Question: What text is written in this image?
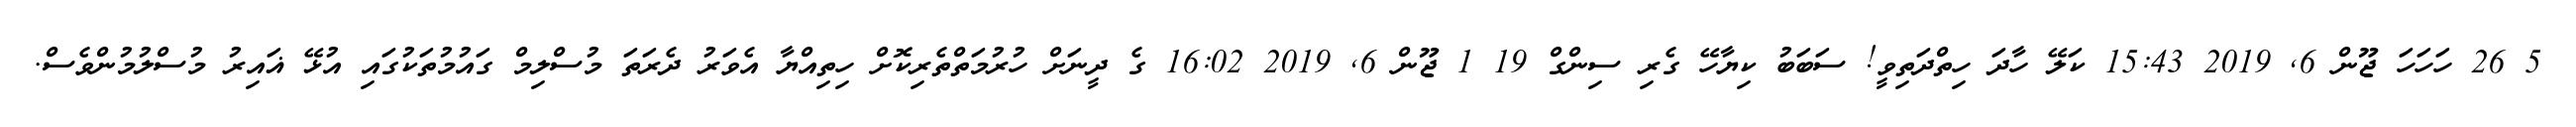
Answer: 5 26 ހަހަހަ ޖޫން 6, 2019 15:43 ކަލޭ ހާދަ ހިތްދަތިވީ! ސަބަބު ކިޔާހޭ ގެރި ސިންގް 19 1 ޖޫން 6, 2019 16:02 ގެ ދީނަށް ހުރުމަތްތެރިކޮށް ހިތިއްޔާ އެވަރު ދެރަތަ މުސްލިމް ގައުމުތަކުގައި އުޅޭ ޣައިރު މުސްލުމުންވެސް.